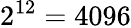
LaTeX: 2^{12}=4096